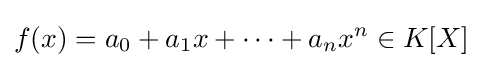
f(x)=a_{0}+a_{1}x+\cdots +a_{n}x^{n}\in K[X]